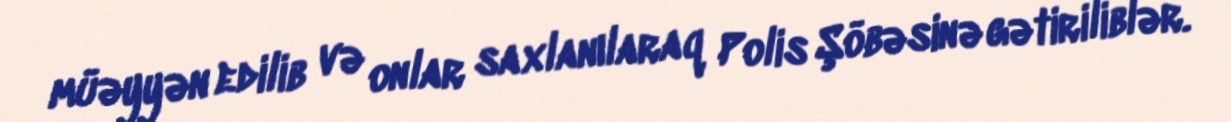
müəyyən edilib və onlar saxlanılaraq Polis Şöbəsinə gətiriliblər.